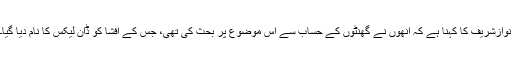
نوازشریف کا کہنا ہے کہ اُنھوں نے گھنٹوں کے حساب سے اس موضوع پر بحث کی تھی، جس کے افشا کو ڈان لیکس کا نام دیا گیا۔